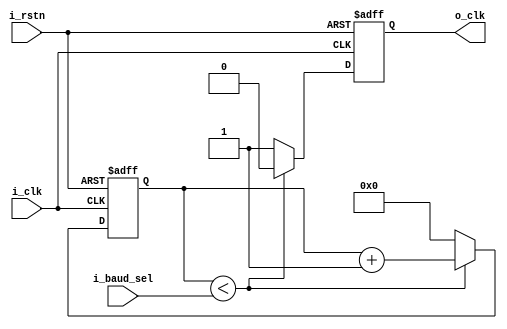
///////////////////////////////////////////////////////////////////
//       _____         __            ____   ____
//      /  _  \  __ __|  | __        \   \ /   /
//     /  /_\  \|  |  \  |/ /  ______ \   Y   / 
//    /    |    \  |  /    <  /_____/  \     /  
//    \____|__  /____/|__|_ \           \___/   
//            \/           \/                   
//
///////////////////////////////////////////////////////////////////
//Project     : Auk-V
//Description : RV32I CPU
//              With 5 stage pipeline
//              Brach always not taken
// 
//File type   : Verilog RTL
//Description : baudrate clock generator
//
////////////////////////////////////////////////////////////////////

module baud(
                i_clk,i_rstn,
                i_baud_sel,
                o_clk
            );
            
            
input i_clk;
input i_rstn;
input [31:0] i_baud_sel;
output o_clk;
reg [31:0] count;
reg rst0;
reg rst1;
reg clk;


always@(posedge i_clk,negedge i_rstn) begin
if (~i_rstn) begin
        count<='b0;
        clk<=1'b0;
    end else begin
        if (count < i_baud_sel) begin
            count <= count+1;
            clk<=0;
        end else begin
            count <= 'b0;
            clk <= 1'b1;
        end
    end
end


assign o_clk=clk;


endmodule